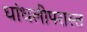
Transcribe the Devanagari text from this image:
धांधलीपरास्त